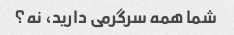
شما همه سرگرمی دارید، نه؟